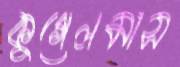
কুগেলমাস